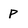
Character: p